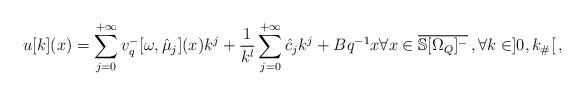
LaTeX: \begin{align*} u[k](x)=\sum_{j=0}^{+\infty}v_{q}^-[\omega,\hat{\mu}_j](x)k^j+\frac{1}{k^{l}}\sum_{j=0}^{+\infty}\hat{c}_jk^j+Bq^{-1}x \forall x \in \overline{\mathbb{S}[\Omega_Q]^{-}}\, , \forall k \in ]0,k_\#[\, ,\end{align*}